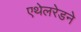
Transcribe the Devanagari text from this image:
एथेलरेडने